Annual statistical returns and brief notes on vaccination in Bengal - 1909-1929
Year: 1909
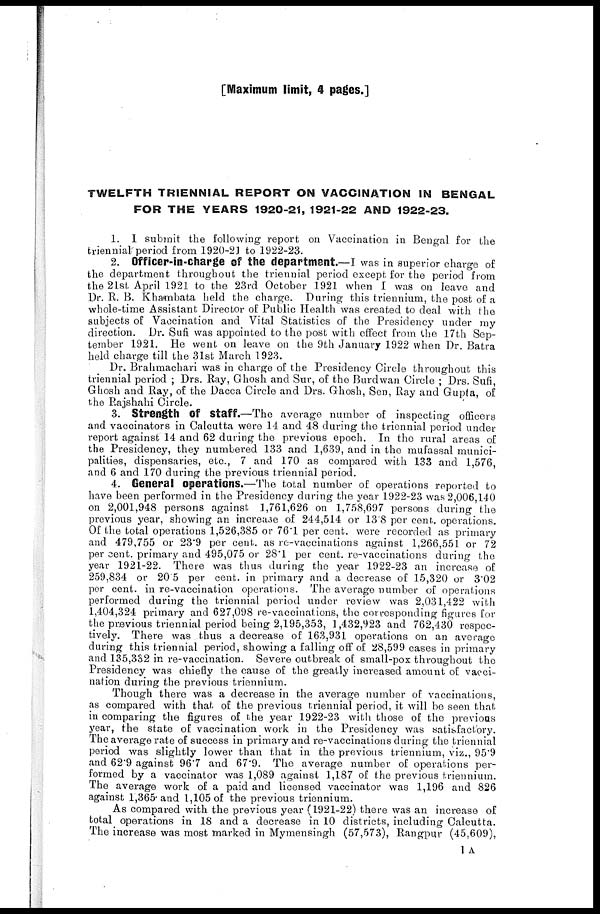
[Maximum limit, 4 pages.]
TWELFTH TRIENNIAL REPORT ON VACCINATION IN BENGAL
FOR THE YEARS 1920-21, 1921-22 AND 1922-23.
1. I submit the following report on Vaccination in Bengal for the
triennial period from 1920-21 to 1922-23.
2. Officer-in-charge of the department.—I was in superior charge of
the department throughout the triennial period except for the period from
the 21st April 1921 to the 23rd October 1921 when I was on leave and
Dr. R. B. Khambata held the charge. During this triennium, the post of a
whole-time Assistant Director of Public Health was created to deal with the
subjects of Vaccination and Vital Statistics of the Presidency under my
direction. Dr. Sufi was appointed to the post with effect from the 17th Sep-
tember 1921. He went on leave on the 9th January 1922 when Dr. Batra
held charge till the 31st March 1923.
Dr. Brahmachari was in charge of the Presidency Circle throughout this
triennial period ; Drs. Ray, Ghosh and Sur, of the Burdwan Circle ; Drs. Sufi,
Ghosh and Ray, of the Dacca Circle and Drs. Ghosh, Sen, Ray and Gupta, of
the Rajshahi Circle.
3. Strength of staff.—The average number of inspecting officers
and vaccinators in Calcutta were 14 and 48 during the triennial period under
report against 14 and 62 during the previous epoch. In the rural areas of
the Presidency, they numbered 133 and 1,639, and in the mufassal munici-
palities, dispensaries, etc., 7 and 170 as compared with 133 and 1,576,
and 6 and 170 during the previous triennial period.
4. General operations.—The total number of operations reported to
have been performed in the Presidency during the year 1922-23 was 2,006,140
on 2,001,948 persons against 1,761,626 on 1,758,697 persons during the
previous year, showing an increase of 244,514 or 13.8 per cent. operations.
Of the total operations 1,526,385 or 76.1 per cent. were recorded as primary
and 479,755 or 23.9 per cent. as re-vaccinations against 1,266,551 or 72
per cent. primary and 495,075 or 28.1 per cent. re-vaccinations during the
year 1921-22. There was thus during the year 1922-23 an increase of
259,834 or 20.5 per cent. in primary and a decrease of 15,320 or 3.02
per cent. in re-vaccination operations. The average number of operations
performed during the triennial period under review was 2,031,422 with
1,404,324 primary and 627,098 re-vaccinations, the corresponding figures for
the previous triennial period being 2,195,353, 1,432,923 and 762,430 respec-
tively. There was thus a decrease of 163,931 operations on an average
during this triennial period, showing a falling off of 28,599 cases in primary
and 135,332 in re-vaccination. Severe outbreak of small-pox throughout the
Presidency was chiefly the cause of the greatly increased amount of vacci-
nation during the previous triennium.
Though there was a decrease in the average number of vaccinations,
as compared with that of the previous triennial period, it will be seen that
in comparing the figures of the year 1922-23 with those of the previous
year, the state of vaccination work in the Presidency was satisfactory.
The average rate of success in primary and re-vaccinations during the triennial
period was slightly lower than that in the previous triennium, viz., 95.9
and 62.9 against 96.7 and 67.9. The average number of operations per-
formed by a vaccinator was 1,089 against 1,187 of the previous triennium.
The average work of a paid and licensed vaccinator was 1,196 and 826
against 1,365 and 1,105 of the previous triennium.
As compared with the previous year (1921-22) there was an increase of
total operations in 18 and a decrease in 10 districts, including Calcutta.
The increase was most marked in Mymensingh (57,573), Rangpur (45,609),
1 A